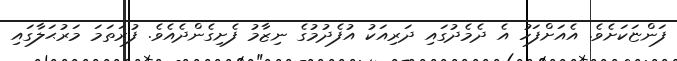
ފަންޏަކަށެވެ. އެއަށްފަހު އެ ދެމެދުގައި ދަރިއަކު އުފެދުމުގެ ނިޒާމު ފެށިގެންދެއެވެ. ފުރަތަމަ މަރުޙަލާގައި